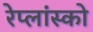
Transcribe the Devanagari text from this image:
रेप्लांस्को